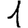
Digit: 1